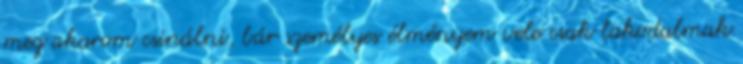
meg akarom csinálni, bár személyes élményem vele csak lakodalmak